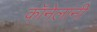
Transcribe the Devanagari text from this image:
कॉनेलांनी